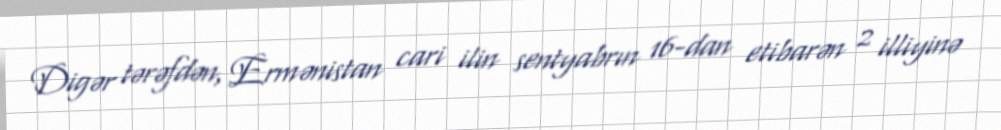
Digər tərəfdən, Ermənistan cari ilin sentyabrın 16-dan etibarən 2 illiyinə